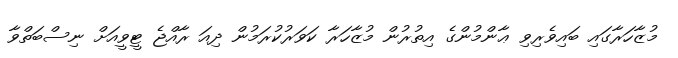
މުޒާހަރާގައި ބައިވެރިވި ޢާންމުންގެ އިތުރުން މުޒާހަރާ ކަވަރުކުރަމުން ދިއަ ރާއްޖެ ޓީވީއަށް ނިސްބަތްވާ